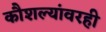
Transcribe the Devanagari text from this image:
कौशल्यांवरही